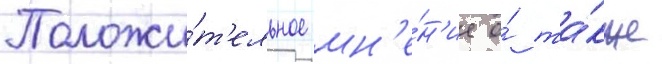
Положи́т'ельное мн'е́н'ие о́ та́кже